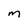
Character: m